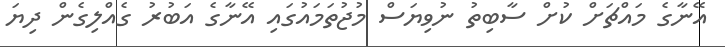
އޭނާގެ މައްޗަށް ކުށް ސާބިތު ނުވިޔަސް މުޖުތަމައުގައި އޭނާގެ އަބުރު ގެއްލިގެން ދިޔަ